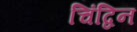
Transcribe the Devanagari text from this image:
चिंद्विन